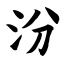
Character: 汾